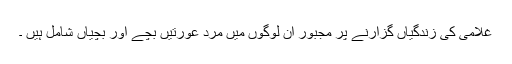
غلامی کی زندگیاں گزارنے پر مجبور ان لوگوں میں مرد عورتیں بچے اور بچیاں شامل ہیں ۔